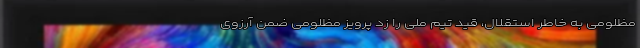
مظلومی به خاطر استقلال، قید تیم ملی را زد پرویز مظلومی ضمن آرزوی